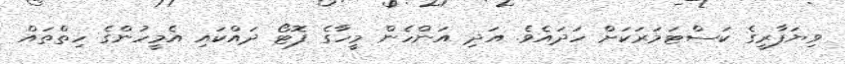
ވިޔަފާރީގެ ކަސްޓަމަރަކަށް ހަދައެވެ. އަދި އަންހެން މީހާގެ ފޮޓޯ ދައްކައި އެމީހުންގެ ހިތްތައް